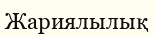
Жариялылық